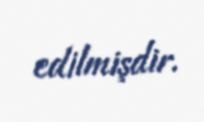
edilmişdir.